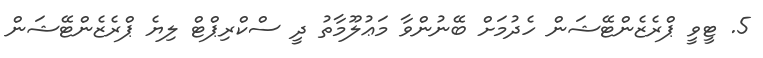
5. ޓީވީ ޕްރެޒެންޓޭޝަން ހެދުމަށް ބޭނުންވާ މަޢުލޫމާތު ދީ ސްކްރިޕްޓް ލިޔެ ޕްރެޒެންޓޭޝަން